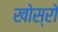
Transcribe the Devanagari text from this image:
खोस्रो